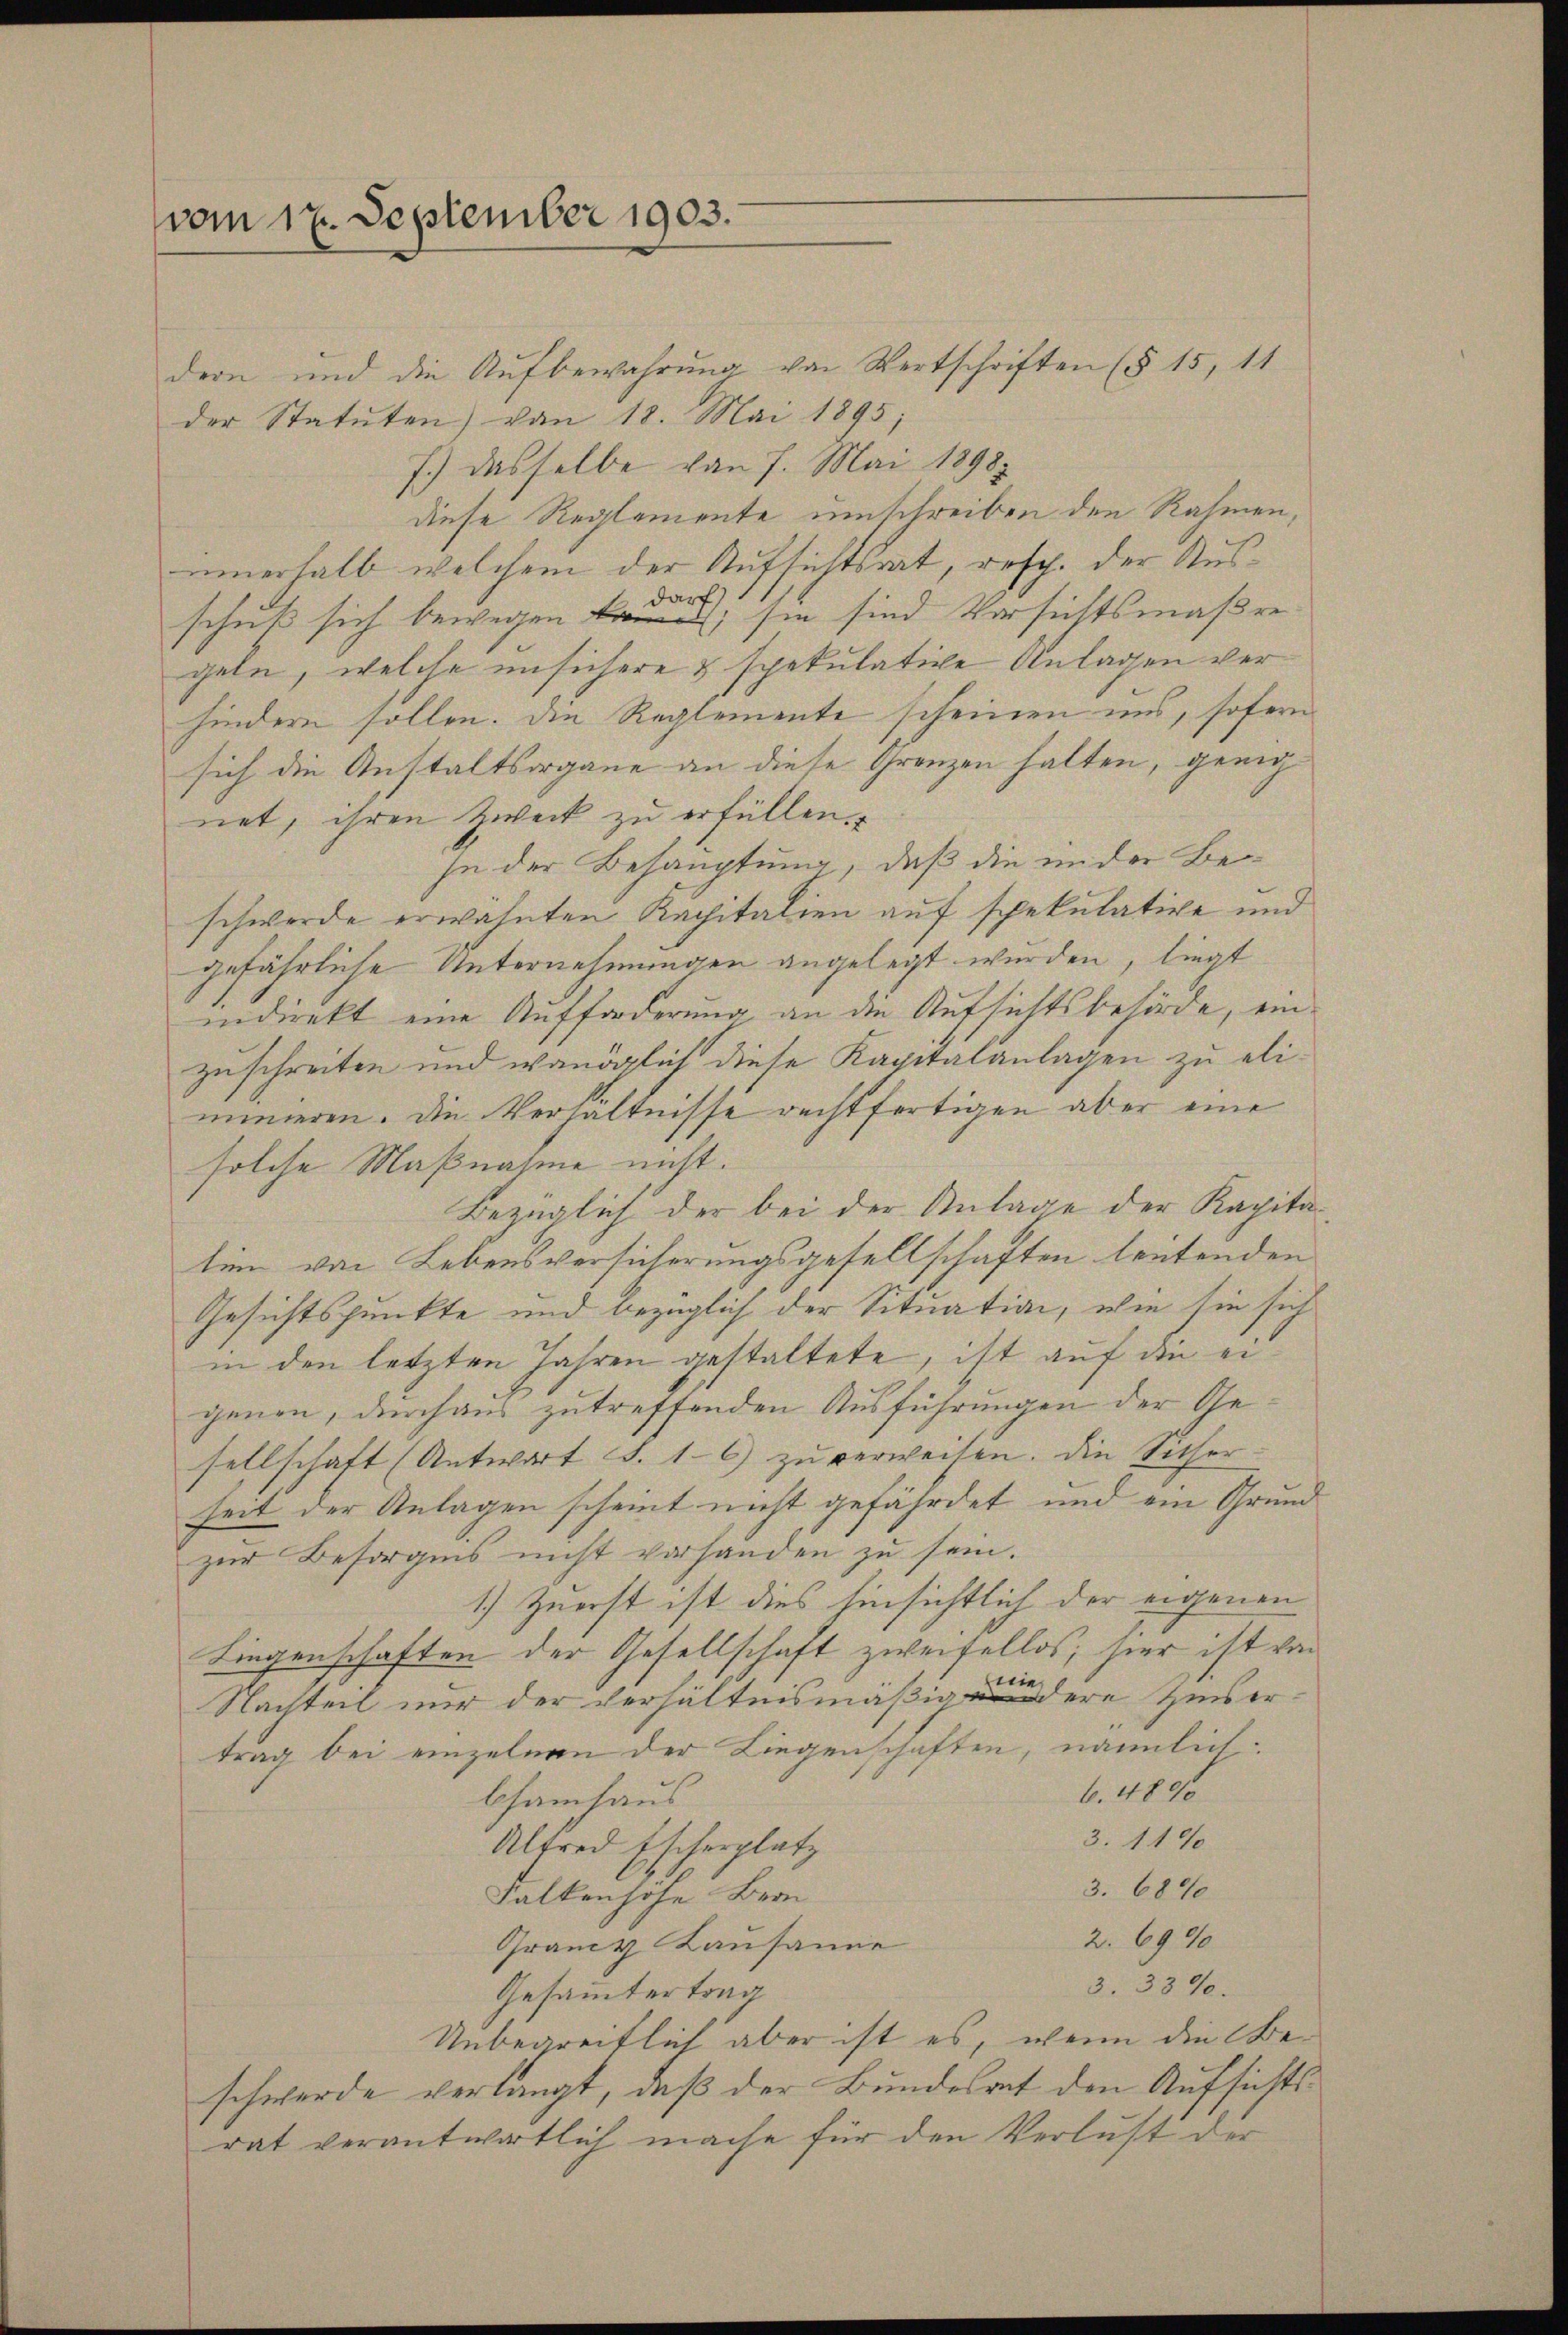
vom 17. September 1903.

dern und die Aufbewahrung von Wertschriften (§ 15, 11
der Statuten) von 18. Mai 1895;
7.) Dasselbe von 7. Mai 1898
diese Reglemente umschreiben den Rahmen,
innerhalb welchem der Aufsichtsrat, resp. der Ausschuß sich bewegen ; sie sind Versichtsmaßre
geln, welche unsichere & spekulative Anlagen verhindern sollen. Die Reglemente scheinen uns, sofern
sich die Anstaltsorgane an diese Grenzen halten, genig
net, ihren Zweck zu erfüllen.
se der Behauptung, daß die ander Be
schwerde erwähnten Kapitalien auf spekulative und
gefährliche Unternehmungen angelegt werden, liegt
indirekt eine Aufforderung an die Aufsichtsbehörde, einzuschreiten und wanöglich diese Kapitalanlagen zu eliinneren. Die Verhältnisse rechtfertigen aber eine
solche Maßnahme nicht.
Bezüglich der bei der Anlage der Kapitatinn von Lebensversicherungsgesellschaften leutenden
Gesichtspunkte und bezüglich der Situation, wie sie sich
in den letzten Jahren gestaltete, ist auf die eigenen, durchaus zutreffenden Ausführungen der Gesellschaft (Antwort S. 16) zŭ verweilen. Die Sicher
heit der Anlagen scheint nicht gefährdet und ein Grund
zur Besorgnis nicht vorhanden zu sein.
1.) Zuerst ist dies hinsichtlich der eigenen
Liegenschaften der Gesellschaft zweifellos, hier ist von
wie
Nachteil nur der verhältnismäßigendere Zinsertrag bei einzelnen der Liegenschaften, nämmlich
6. 4896
bsamhaus
3. 1190
Alfred Escherplatz
3. 6840
Falkenhöhe Bern
2. 6990
Granz Kausanne
3. 3370.
Gesammtertrag
Unbegreiflich aber ist es, wenn die Beschwerde verlangt, daß der Bundesrat den Aufsichtsrat verantwortlich mache für den Verlust der